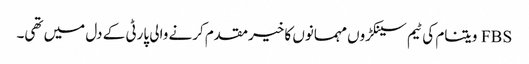
FBS ویتنام کی ٹیم سینکڑوں مہمانوں کا خیرمقدم کرنے والی پارٹی کے دل میں تھی۔